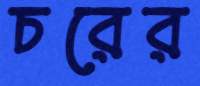
চরের